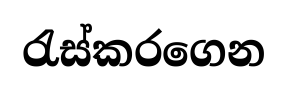
රැස්කරගෙන